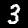
Digit: 3